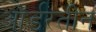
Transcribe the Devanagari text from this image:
ऑर्डरतीन